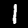
Label: 1